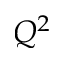
Q ^ { 2 }